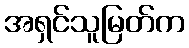
အရှင်သူမြတ်က